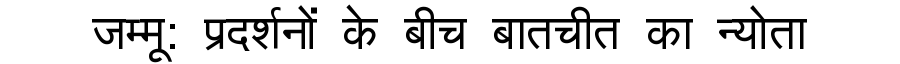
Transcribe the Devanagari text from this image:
जम्मू: प्रदर्शनों के बीच बातचीत का न्योता